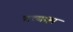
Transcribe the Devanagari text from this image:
प्रत्यक्ष्य